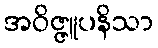
အဝိဇ္ဇူပနိသာ